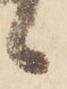
候